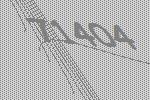
71404